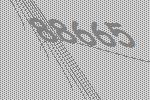
88665